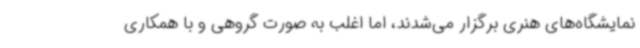
نمایشگاه‌های هنری برگزار می‌شدند، اما اغلب به صورت گروهی و با همکاری